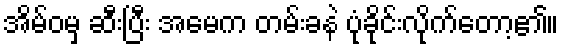
အိမ်ဝမှ ဆီးပြီး အမေက တမ်းခနဲ ပုံခိုင်းလိုက်တော့၏။